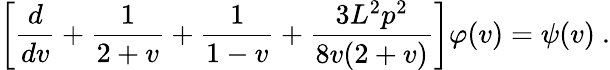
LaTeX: \left[\frac{d}{dv}+\frac 1{2+v}+\frac 1{1-v}+\frac{3L^{2}p^{2}}{8v(2+v)}\right]\varphi(v)=\psi(v)~.